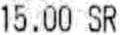
15.00 SR